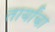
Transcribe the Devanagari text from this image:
तार्यांचा